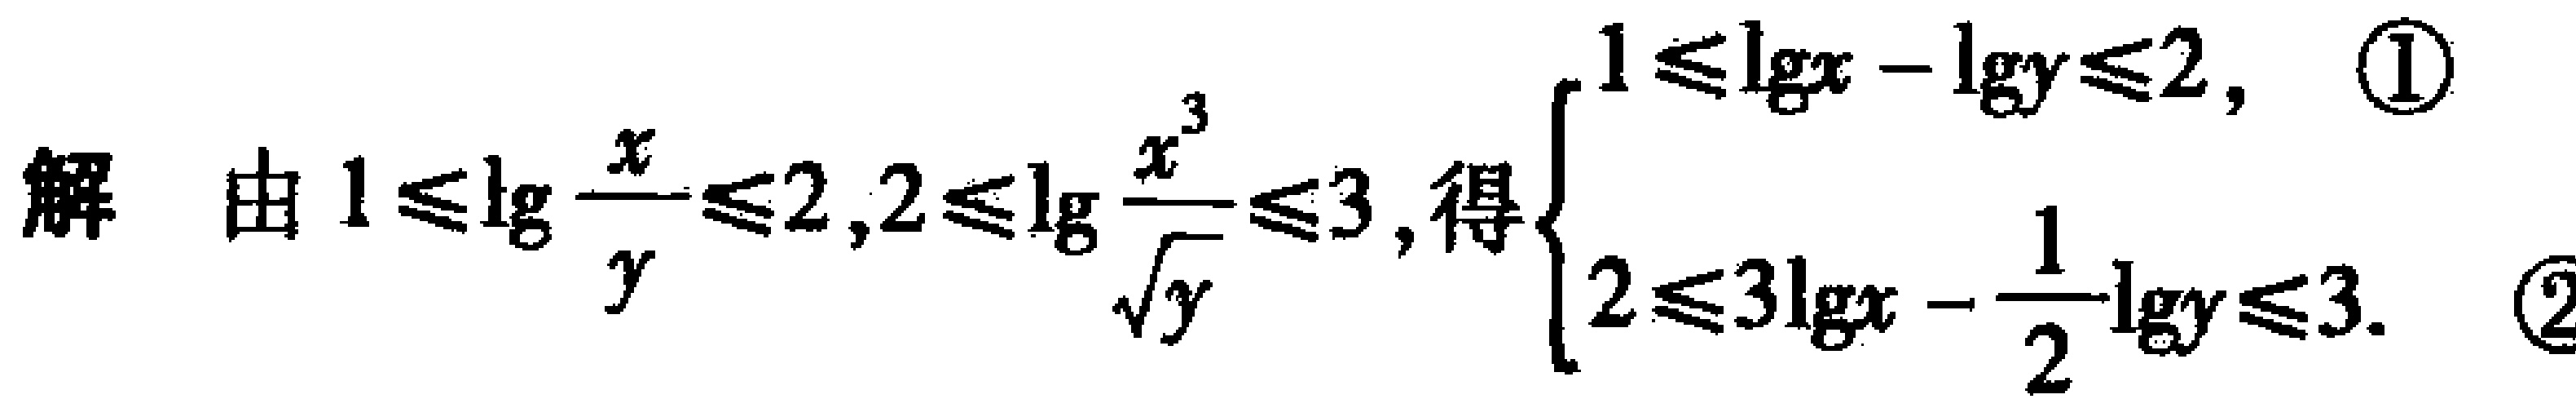
解 由 \(1\leqslant\lg\frac{x}{y}\leqslant2,2\leqslant\lg\frac{x^{3}}{\sqrt{y}}\leqslant3\), 得\(\begin{cases}1\leqslant\lg x - \lg y\leqslant2, & \textcircled{1}\\2\leqslant3\lg x-\frac{1}{2}\lg y\leqslant3. & \textcircled{2}\end{cases}\)